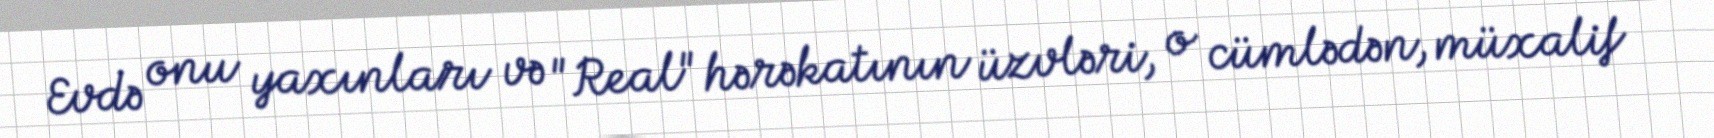
Evdə onu yaxınları və "Real" hərəkatının üzvləri, o cümlədən, müxalif